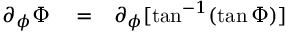
\begin{array} { r l r } { \partial _ { \phi } \Phi } & { { } = } & { \partial _ { \phi } [ \tan ^ { - 1 } ( \tan \Phi ) ] } \end{array}